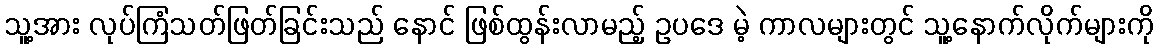
သူ့အား လုပ်ကြံသတ်ဖြတ်ခြင်းသည် နောင် ဖြစ်ထွန်းလာမည့် ဥပဒေ မဲ့ ကာလများတွင် သူ့နောက်လိုက်များကို